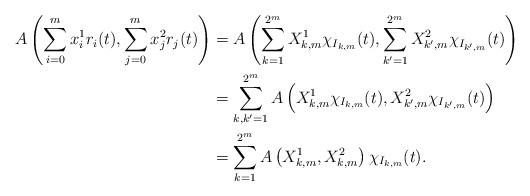
LaTeX: \begin{align*}A\left(\sum_{i=0}^m x^1_ir_i(t), \sum_{j=0}^m x^2_jr_j(t)\right)&=A\left(\sum_{k=1}^{2^m}X^1_{k,m}\chi_{I_{k,m}}(t),\sum_{k'=1}^{2^m}X^2_{k',m}\chi_{I_{k',m}}(t)\right)\\&=\sum_{k, k'=1}^{2^m}A\left(X^1_{k,m}\chi_{I_{k,m}}(t),X^2_{k',m}\chi_{I_{k',m}}(t)\right)\\&=\sum_{k=1}^{2^m}A\left(X^1_{k,m},X^2_{k,m}\right)\chi_{I_{k,m}}(t).\end{align*}